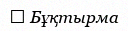
→ Бұқтырма